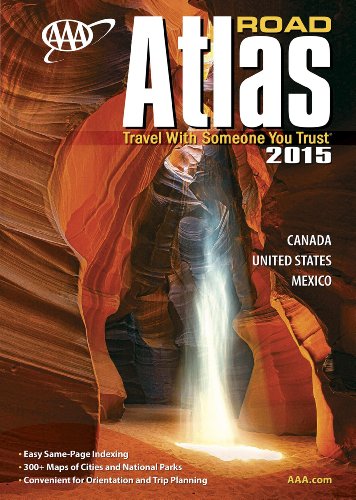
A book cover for AAA Road Atlas 2015 (Aaa North American Road Atlas); AAA Publishing; Travel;